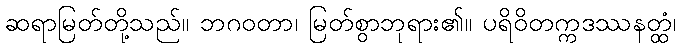
ဆရာမြတ်တို့သည်။ ဘဂဝတာ၊ မြတ်စွာဘုရား၏။ ပရိဝိတက္ကဒဿနတ္ထံ၊